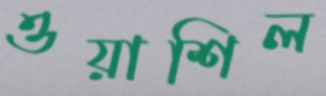
ওয়াশিল